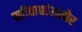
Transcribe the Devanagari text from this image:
स्त्रीवाद्यांसमोर